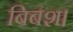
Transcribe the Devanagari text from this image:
बिबश।